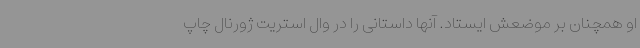
او همچنان بر موضعش ایستاد. آنها داستانی را در وال استریت ژورنال چاپ